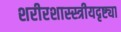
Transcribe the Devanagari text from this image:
शरीरशास्स्त्रीयदृष्ट्या